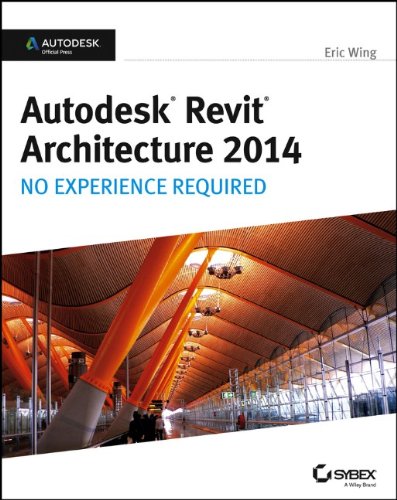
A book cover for Autodesk Revit Architecture 2014: No Experience Required Autodesk Official Press; Eric Wing; Engineering & Transportation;